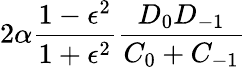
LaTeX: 2\alpha\frac{1-\epsilon^{2}}{1+\epsilon^{2}}\frac{D_{0}D_{-1}}{C_{0}+C_{-1}}